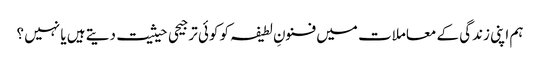
ہم اپنی زندگی کے معاملات میں فنونِ لطیفہ کو کوئی ترجیحی حیثیت دیتے ہیں یا نہیں ؟